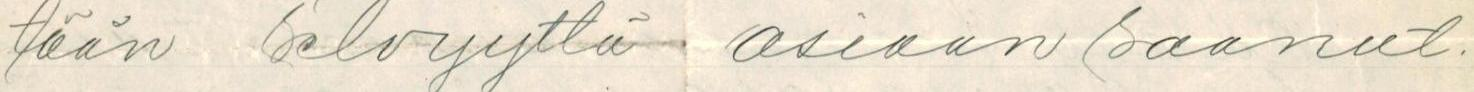
tään selvyyttä asiaan saanut.